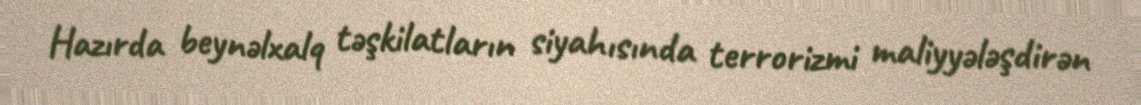
Hazırda beynəlxalq təşkilatların siyahısında terrorizmi maliyyələşdirən